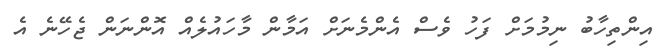
އިންތިހާބު ނިމުމަށް ފަހު ވެސް އެންމެނަށް އަމާން މާހައުލެއް އޮންނަން ޖެހޭނެ އެ